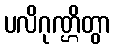
ပလိဂုဏ္ဌိတွာ